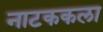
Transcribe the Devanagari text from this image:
नाटककला